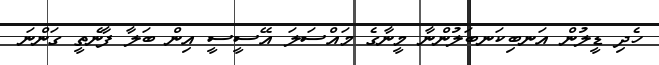
ހެދި ޑީލުން އަނބިކަނބަލުންނާ މީނާގެ މައްސަލަ އޭސީސީ އިން ބަލާ ފާނެތީ ގަންނަ